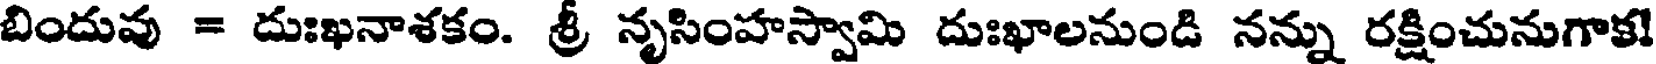
బిందువు = దుఃఖనాశకం. శ్రీ నృసింహస్వామి దుఃఖాలనుండి నన్ను రక్షించునుగాక!